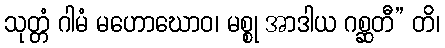
သုတ္တံ ဂါမံ မဟောဃောဝ၊ မစ္စု အာဒါယ ဂစ္ဆတီ” တိ၊